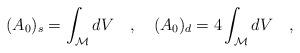
LaTeX: \begin{align*}(A_0)_s=\int_{\cal M}dV~~~,~~~(A_0)_d=4\int_{\cal M}dV~~~,\end{align*}